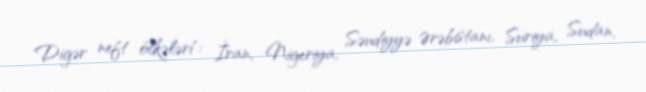
Digər neft ölkələri": İran, Nigeriya, Səudiyyə Ərəbistanı, Suriya, Sudan,